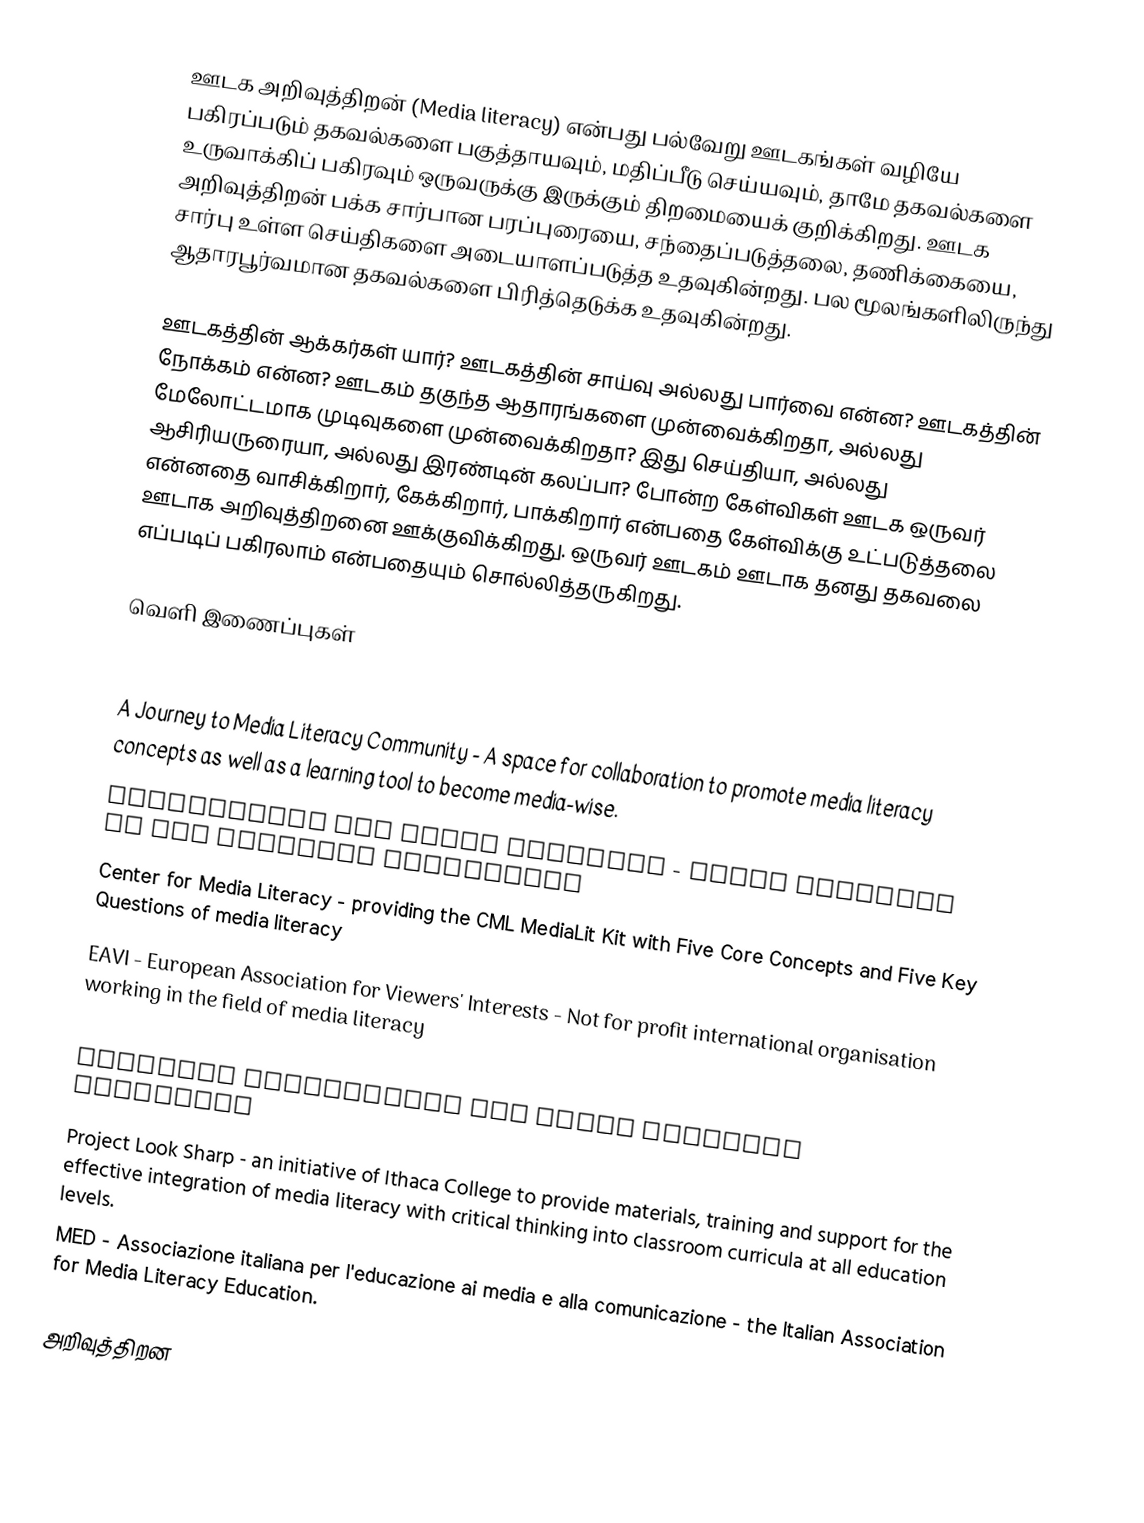
ஊடக அறிவுத்திறன் (Media literacy) என்பது பல்வேறு ஊடகங்கள் வழியே பகிரப்படும் தகவல்களை பகுத்தாயவும், மதிப்பீடு செய்யவும், தாமே தகவல்களை உருவாக்கிப் பகிரவும் ஒருவருக்கு இருக்கும் திறமையைக் குறிக்கிறது.  ஊடக அறிவுத்திறன் பக்க சார்பான பரப்புரையை, சந்தைப்படுத்தலை, தணிக்கையை, சார்பு உள்ள செய்திகளை அடையாளப்படுத்த உதவுகின்றது. பல மூலங்களிலிருந்து ஆதாரபூர்வமான தகவல்களை பிரித்தெடுக்க உதவுகின்றது.

ஊடகத்தின் ஆக்கர்கள் யார்?  ஊடகத்தின் சாய்வு அல்லது பார்வை என்ன? ஊடகத்தின் நோக்கம் என்ன? ஊடகம் தகுந்த ஆதாரங்களை முன்வைக்கிறதா, அல்லது மேலோட்டமாக முடிவுகளை முன்வைக்கிறதா? இது செய்தியா, அல்லது ஆசிரியருரையா, அல்லது இரண்டின் கலப்பா? போன்ற கேள்விகள் ஊடக ஒருவர் என்னதை வாசிக்கிறார், கேக்கிறார், பாக்கிறார் என்பதை கேள்விக்கு உட்படுத்தலை ஊடாக அறிவுத்திறனை ஊக்குவிக்கிறது.  ஒருவர் ஊடகம் ஊடாக தனது தகவலை எப்படிப் பகிரலாம் என்பதையும் சொல்லித்தருகிறது.

வெளி இணைப்புகள்
Media Education Lab at the Harrington School of Communication and Media, University of Rhode Island - Improves the practices of digital and media literacy education through scholarship and community service.
 A Journey to Media Literacy Community   - A space for collaboration to promote media literacy concepts as well as a learning tool to become media-wise.
 Audiovisual and Media Policies  - Media Literacy at the European Commission
Center for Media Literacy - providing the CML MediaLit Kit with Five Core Concepts and Five Key Questions of media literacy
 EAVI - European Association for Viewers' Interests  - Not for profit international organisation working in the field of media literacy
Information Literacy and Media Education
National Association for Media Literacy Education
Project Look Sharp - an initiative of Ithaca College to provide materials, training and support for the effective integration of media literacy with critical thinking into classroom curricula at all education levels.
MED - Associazione italiana per l'educazione ai media e alla comunicazione - the Italian Association for Media Literacy Education.

அறிவுத்திறன